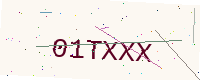
Text: 01TXXX